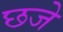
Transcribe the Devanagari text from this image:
छजे